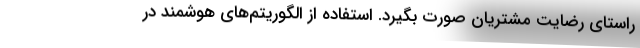
راستای رضایت مشتریان صورت بگیرد. استفاده از الگوریتم‌­های هوشمند در